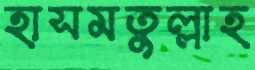
হাসমতুল্লাহ